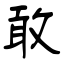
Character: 敢